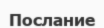
Послание